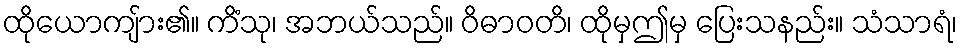
ထိုယောကျ်ား၏။ ကိံသု၊ အဘယ်သည်။ ဝိဓာဝတိ၊ ထိုမှဤမှ ပြေးသနည်း။ သံသာရံ၊